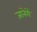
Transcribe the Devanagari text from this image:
जानेगें